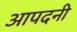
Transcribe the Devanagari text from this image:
आपदनी